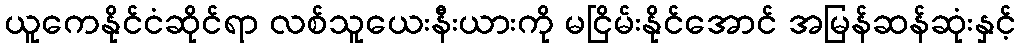
ယူကေနိုင်ငံဆိုင်ရာ လစ်သူယေးနီးယားကို မငြိမ်းနိုင်အောင် အမြန်ဆန်ဆုံးနှင့်